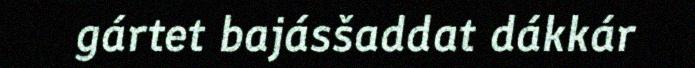
gártet bajásšaddat dákkár